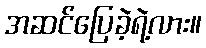
အဆင်ပြေခဲ့ရဲ့လား။